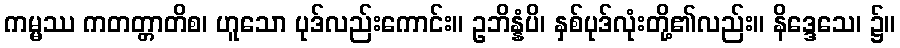
ကမ္မဿ ကတတ္တာတိစ၊ ဟူသော ပုဒ်လည်းကောင်း။ ဥဘိန္နံပိ၊ နှစ်ပုဒ်လုံးတို့၏လည်း။ နိဒ္ဒေသေ၊ ၌။